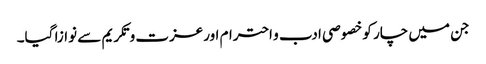
جن میں چار کو خصوصی ادب و احترام اورعزت و تکریم سے نوازا گیا۔